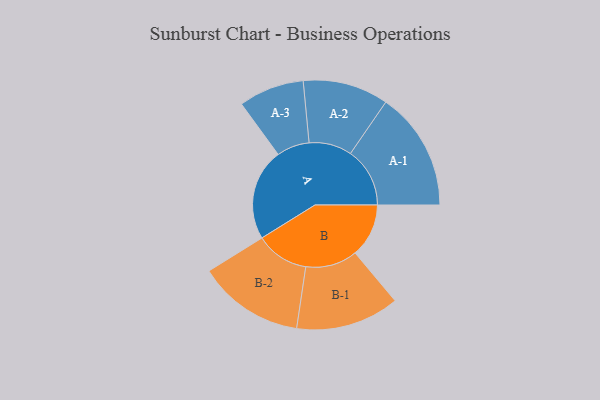
{"axis": {"x": "Segment", "y": "Value"}, "legend": ["", "A", "B"], "data": [{"x": "A", "y": 459, "type": ""}, {"x": "B", "y": 268, "type": ""}, {"x": "A-1", "y": 297, "type": "A"}, {"x": "A-2", "y": 214, "type": "A"}, {"x": "A-3", "y": 164, "type": "A"}, {"x": "B-1", "y": 259, "type": "B"}, {"x": "B-2", "y": 266, "type": "B"}]}